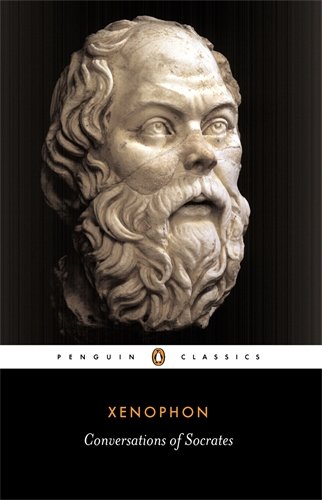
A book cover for Conversations of Socrates (Penguin Classics); Xenophon; Biographies & Memoirs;